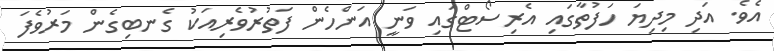
އެވެ. އަދި މިދިޔަ ހަފުތާގައި އެރިސޯޓްގައި ވަނީ އަންހެން ފަތުރުވެރިއަކު ގެނބިގެން މަރުވެފަ